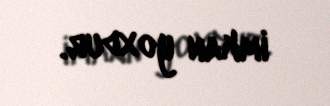
imkan yoxdur.